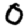
Digit: 0